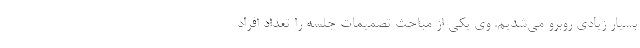
بسیار زیادی روبرو می‌شدیم. وی یکی از مباحث تصمیمات جلسه را تعداد افراد